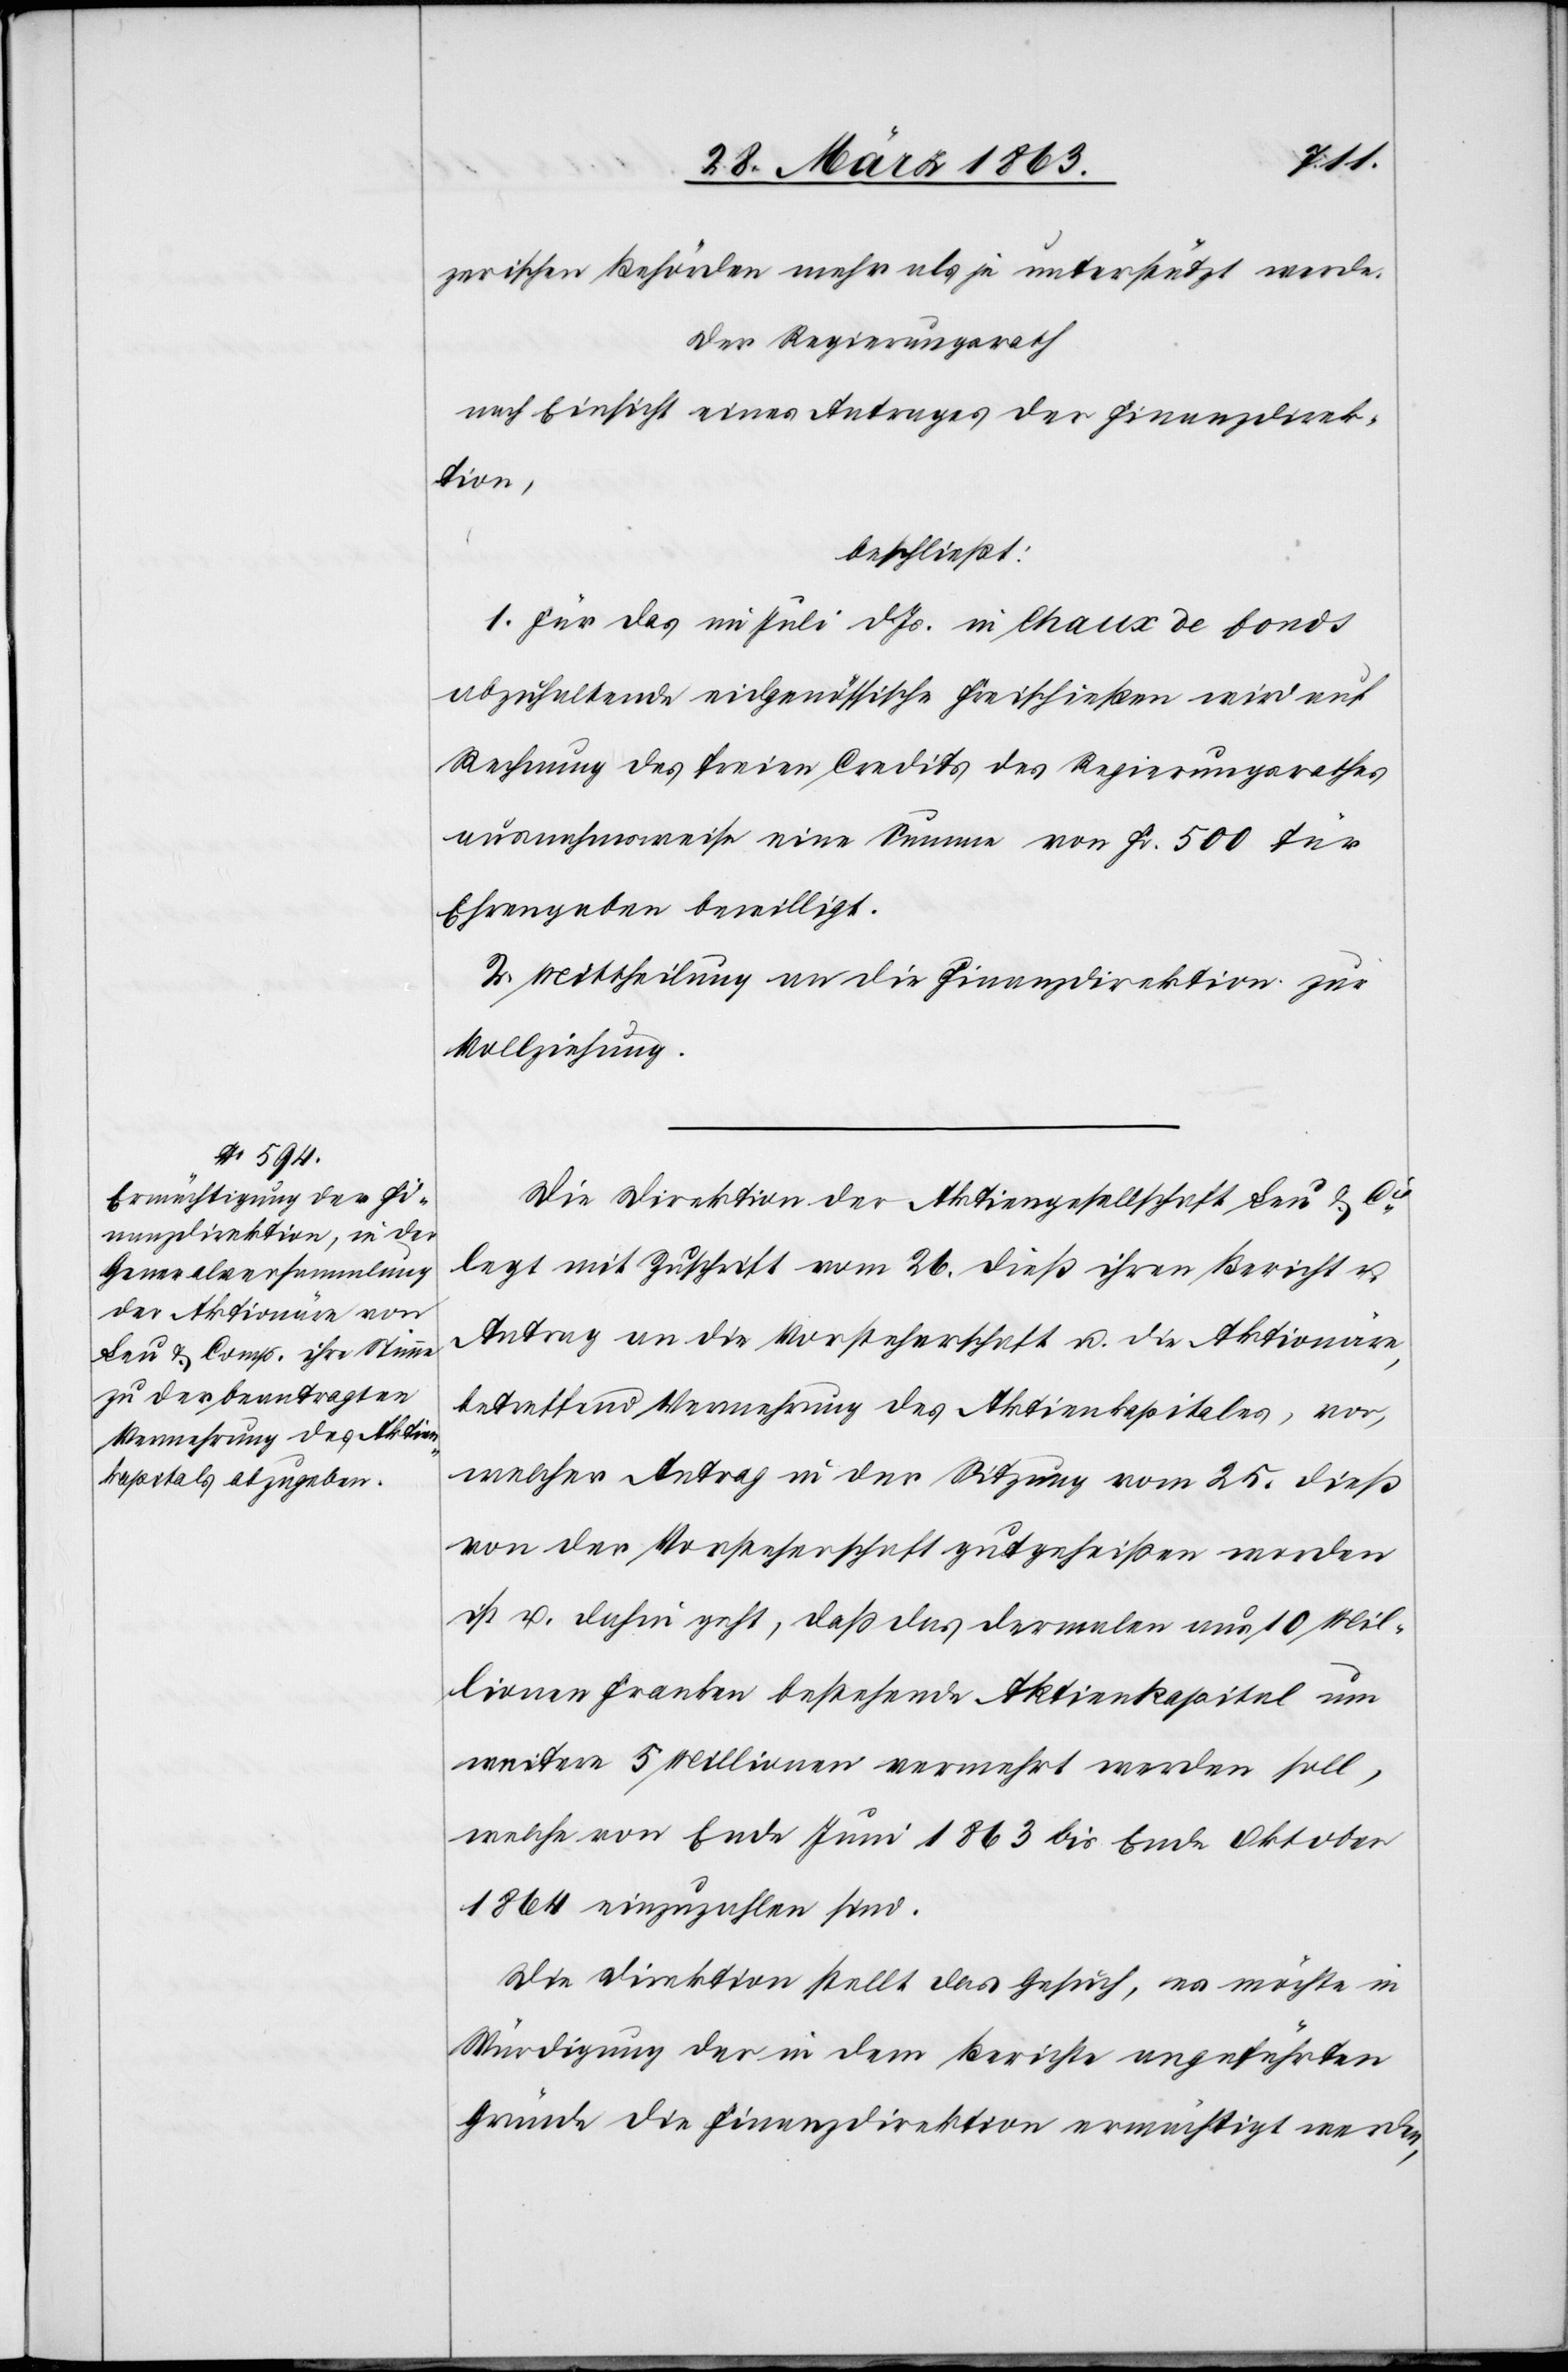
zerischen Behörden mehr als je unterstützt werde.
Der Regierungsrath
nach Einsicht eines Antrages der Finanzdirek¬
tion
beschließt:
1. Für das im Juli d. Js. in Chaux de fonds
abzuhaltende eidgenössische Freischießen wird auf
Rechnung des freien Credits des Regierungsrathes
ausnahmsweise eine Summe von Fr. 500 für
Ehrengaben bewilligt.
2. Mittheilung an die Finanzdirektion zur
Vollziehung.
Die Direktion der Aktiengesellschaft Leu & Cie
legt mit Zuschrift vom 26. dieß ihren Bericht u.
Antrag an die Vorsteherschaft u. die Aktionäre,
betreffend Vermehrung des Aktienkapitales, vor,
welcher Antrag in der Sitzung vom 25. dieß
von der Vorsteherschaft gutgeheißen worden
ist u. dahin geht, daß das dermalen aus 10 Mil¬
lionen Franken bestehende Aktienkapital um
weitere 5 Millionen vermehrt werden soll,
welche von Ende Juni 1863 bis Ende Oktober
1864 einzuzahlen sind.
Die Direktion stellt das Gesuch, es möchte in
Würdigung der in dem Berichte angeführten
Gründe die Finanzdirektion ermächtigt werden,